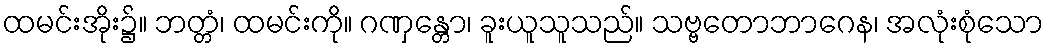
ထမင်းအိုး၌။ ဘတ္တံ၊ ထမင်းကို။ ဂဏှန္တော၊ ခူးယူသူသည်။ သဗ္ဗတောဘာဂေန၊ အလုံးစုံသော